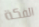
الفكة